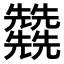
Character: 𠓙